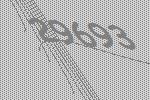
29693